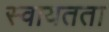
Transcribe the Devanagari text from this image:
स्‍वायतता